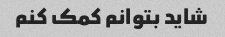
شاید بتوانم کمک کنم